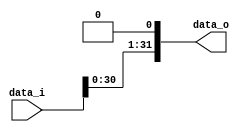
/***************************************************
Student Name: 
Student ID: 07162220716214
***************************************************/

`timescale 1ns/1ps

module Shift_Left_1(
    input  [32-1:0] data_i,
    output [32-1:0] data_o
    );

    assign data_o = {data_i[30:0], 1'b0};

endmodule